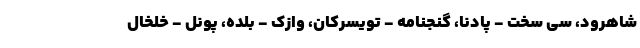
شاهرود، سی سخت - پادنا، گنجنامه - تویسرکان، وازک - بلده، پونل - خلخال